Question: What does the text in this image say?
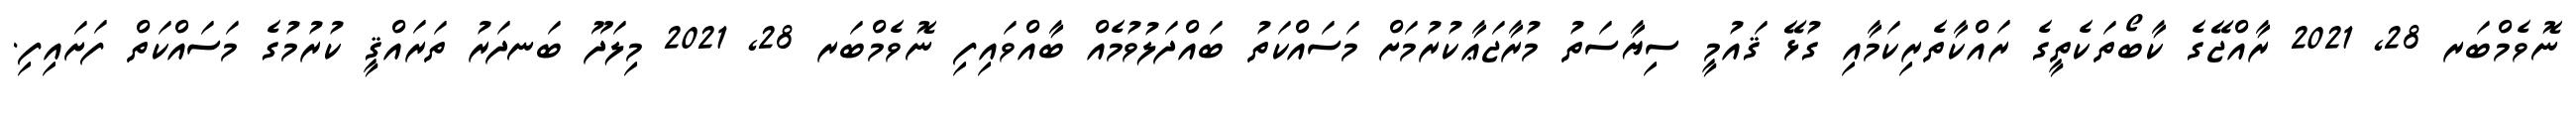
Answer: ނޮވެމްބަރ 28, 2021 ރާއްޖޭގެ ކާބޯތަކެތީގެ ރައްކާތެރިކަމާއި ގުޅޭ ޤައުމީ ސިޔާސަތު މުރާޖަޢާކުރުމަށް މަސައްކަތު ބައްދަލުވުމެއް ބާއްވައިފި ނޮވެމްބަރ 28, 2021 މިލަދޫ ބަނދަރު ތަރައްޤީ ކުރުމުގެ މަސައްކަތް ފަށައިފި.